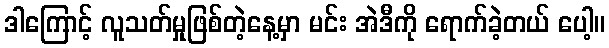
ဒါကြောင့် လူသတ်မှုဖြစ်တဲ့နေ့မှာ မင်း အဲဒီကို ရောက်ခဲ့တယ် ပေါ့။